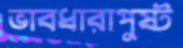
ভাবধারাপুষ্ট